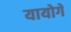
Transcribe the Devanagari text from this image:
यायोगे